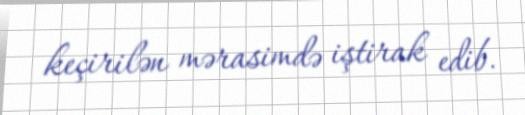
keçirilən mərasimdə iştirak edib.